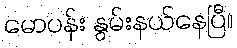
မောပန်း နွမ်းနယ်နေပြီ။